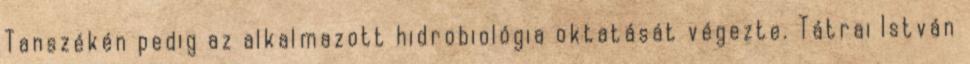
Tanszékén pedig az alkalmazott hidrobiológia oktatását végezte. Tátrai István